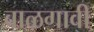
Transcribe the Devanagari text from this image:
बाळगावी